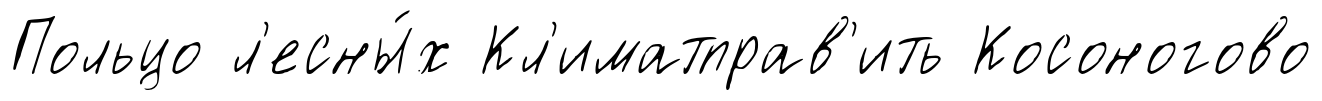
Польцо л'есны́х Кл'иматправ'ить Косоногово